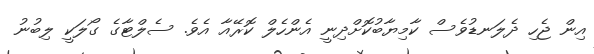
އިން ޖެހި ދެލަނޑުވެސް ކާމިޔާބުކޮށްދިނީ އެންހެލް ކޮރޭއާ އެވެ. ސެލްޓާގެ ގޯލަކީ ލިބުނު